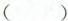
( )